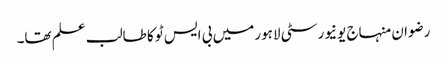
رضوان منہاج یونیورسٹی لاہور میں بی ایس ٹو کا طالب علم تھا۔